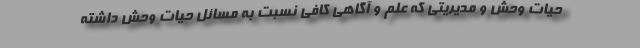
حیات وحش و مدیریتی که علم و آگاهی کافی نسبت به مسائل حیات وحش داشته